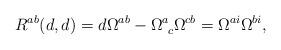
LaTeX: \begin{align*}{R}^{ab}(d,d)=d\Omega ^{ab} -\Omega ^{a}_{~c} \Omega ^{cb} =\Omega ^{ai} \Omega^{bi},\end{align*}